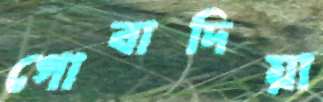
গোবাদিয়া